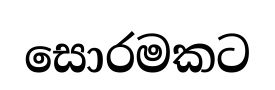
සොරමකට